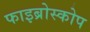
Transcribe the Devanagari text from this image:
फाइब्रोस्कोप